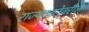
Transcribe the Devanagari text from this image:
राज्यघटनेवरील